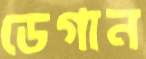
ডেগান